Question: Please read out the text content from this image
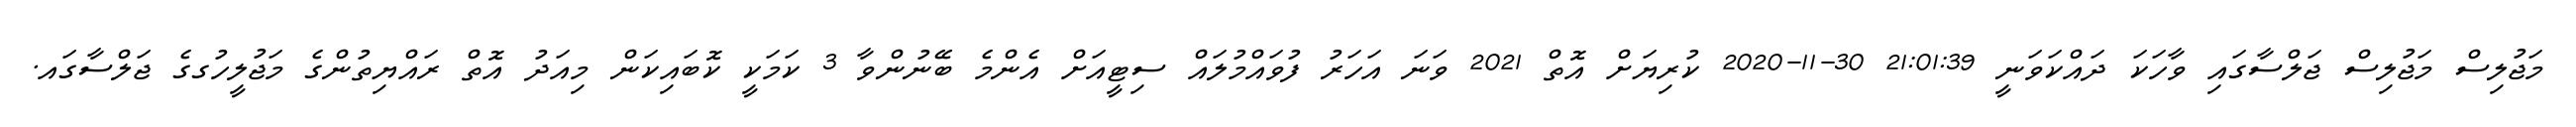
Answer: މަޖުލިސް މަޖުލިސް ޖަލްސާގައި ވާހަކަ ދައްކަވަނީ 21:01:39 30-11-2020 ކުރިޔަށް އޮތް 2021 ވަނަ އަހަރު ފުވައްމުލައް ސިޓީއަށް އެންމެ ބޭނުންވާ 3 ކަމަކީ ކޮބައިކަން މިއަދު އޮތް ރައްޔިތުންގެ މަޖުލީހުގގެ ޖަލްސާގައ.